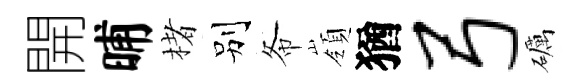
開晡楮别𢁙嶺猶弓礪